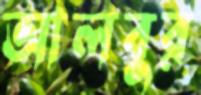
আলবুর